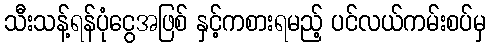
သီးသန့်ရန်ပုံငွေအဖြစ် နှင့်ကစားရမည့် ပင်လယ်ကမ်းစပ်မှ